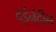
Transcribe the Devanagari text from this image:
दईनंदीन